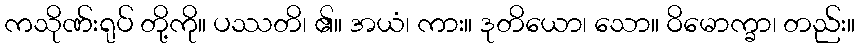
ကသိုဏ်းရုပ် တို့ကို။ ပဿတိ၊ ၏။ အယံ၊ ကား။ ဒုတိယော၊ သော။ ဝိမောက္ခာ၊ တည်း။